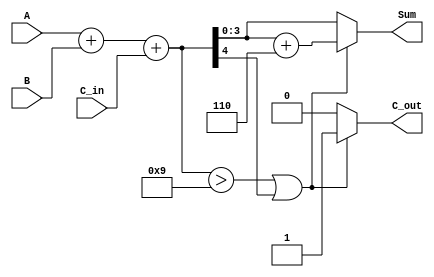
module BCD_Asynchronous_Adder (
    input  [3:0] A,      // First BCD digit
    input  [3:0] B,      // Second BCD digit
    input        C_in,    // Carry input
    output reg [3:0] Sum, // BCD sum output
    output reg C_out      // Carry output
);

    // Intermediate signals
    wire [4:0] binary_sum; // 5 bits to hold the sum including carry
    wire correction_needed; // Signal to determine if correction is needed

    // Step 1: Binary addition
    assign binary_sum = A + B + C_in; // 4-bit A + 4-bit B + 1-bit carry

    // Step 2: Determine if correction is needed
    assign correction_needed = (binary_sum > 9) || (binary_sum[4] == 1);

    // Step 3: BCD correction logic
    always @(*) begin
        if (correction_needed) begin
            Sum = binary_sum + 6; // Add 6 to correct the sum
            C_out = 1; // Set carry out
        end else begin
            Sum = binary_sum[3:0]; // Use lower 4 bits as the sum
            C_out = 0; // No carry out
        end
    end

endmodule